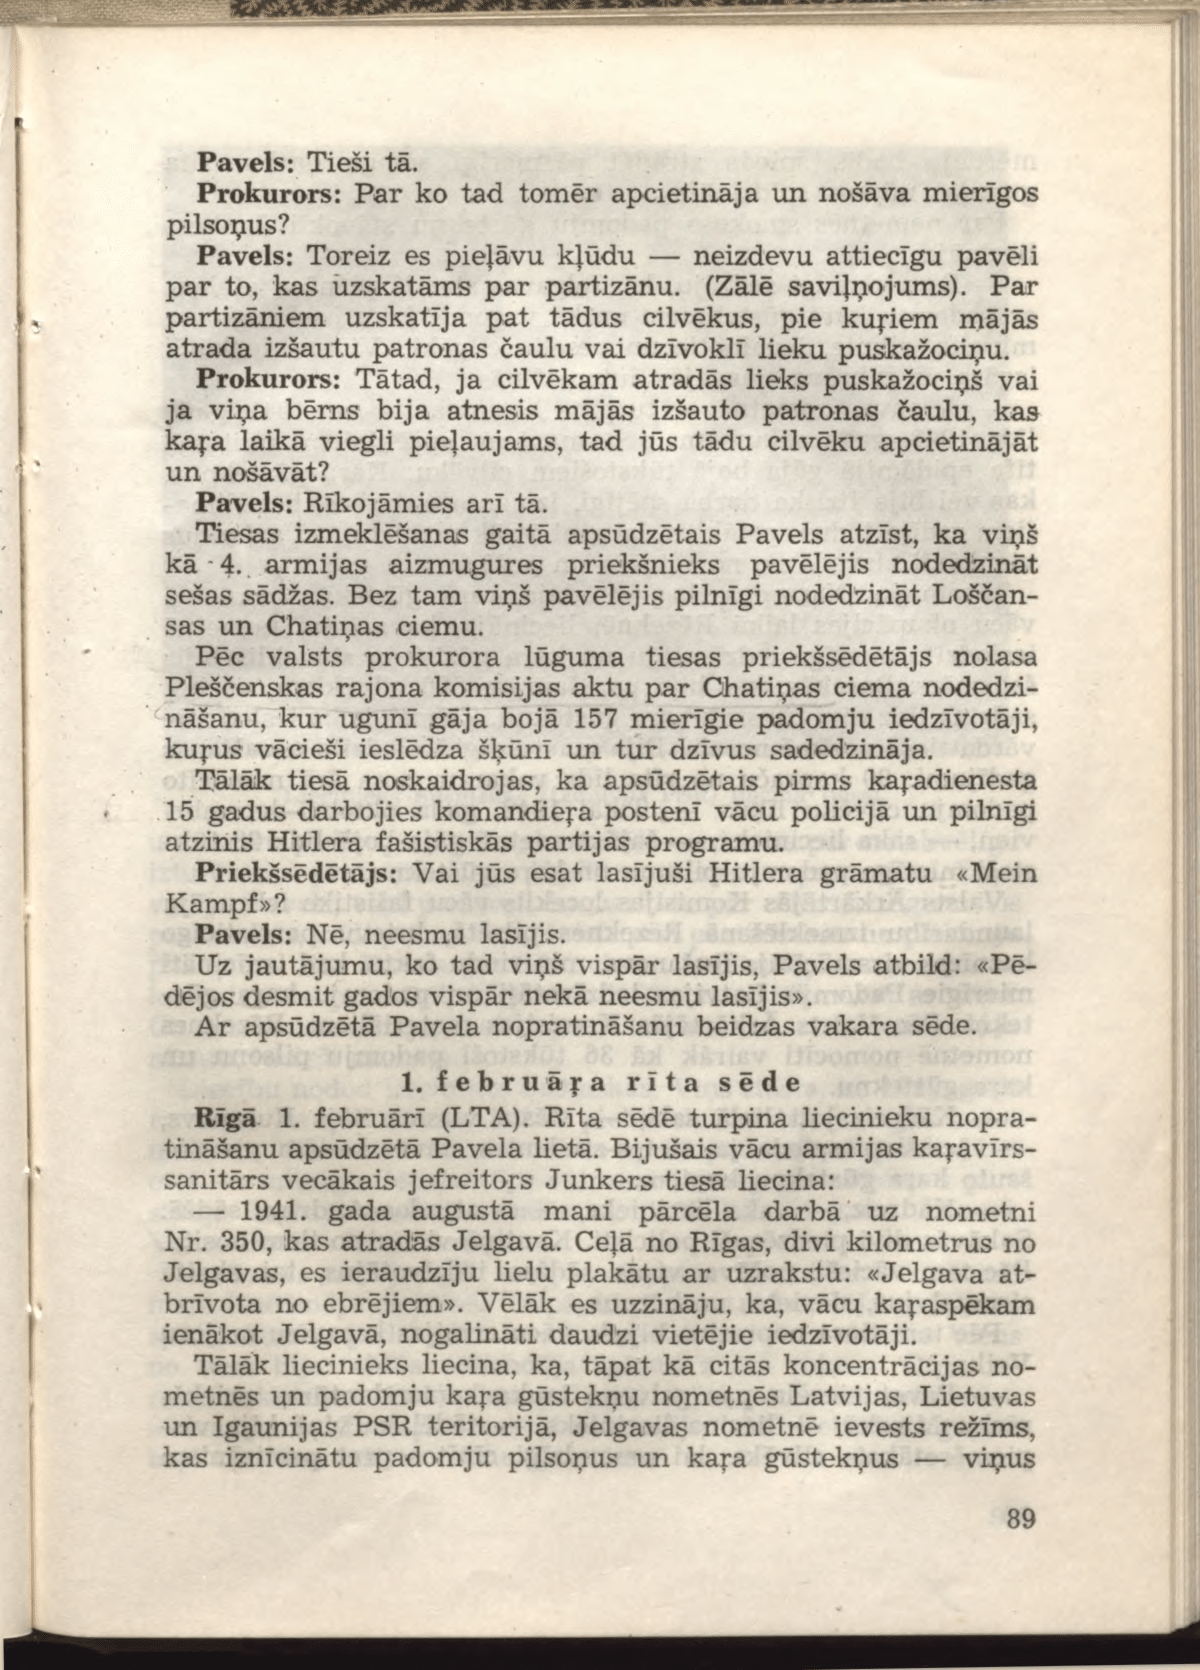
Language: lv